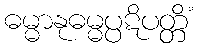
ဓမ္မာနုဓမ္မပ္ပဋိပတ္တိံ